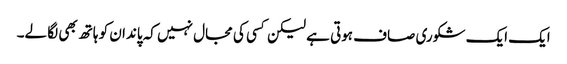
ایک ایک شکوری صاف ہوتی ہے لیکن کسی کی مجال نہیں کہ پاندان کو ہاتھ بھی لگا لے۔